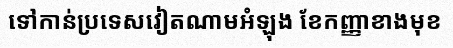
ទៅកាន់ប្រទេសវៀតណាមអំឡុង ខែកញ្ញាខាងមុខ